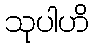
သုပါဟိ